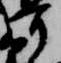
可